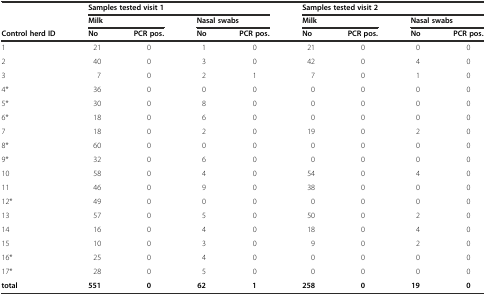
<table><thead><tr><td></td><td colspan="4"><b>Samples tested visit 1</b></td><td colspan="4"><b>Samples tested visit 2</b></td></tr><tr><td></td><td colspan="2"><b>Milk</b></td><td colspan="2"><b>Nasal swabs</b></td><td colspan="2"><b>Milk</b></td><td colspan="2"><b>Nasal swabs</b></td></tr><tr><td><b>Control herd ID</b></td><td><b>No</b></td><td><b>PCR pos.</b></td><td><b>No</b></td><td><b>PCR pos.</b></td><td><b>No</b></td><td><b>PCR pos.</b></td><td><b>No</b></td><td><b>PCR pos.</b></td></tr></thead><tbody><tr><td>1</td><td>21</td><td>0</td><td>1</td><td>0</td><td>21</td><td>0</td><td>0</td><td>0</td></tr><tr><td>2</td><td>40</td><td>0</td><td>3</td><td>0</td><td>42</td><td>0</td><td>4</td><td>0</td></tr><tr><td>3</td><td>7</td><td>0</td><td>2</td><td>1</td><td>7</td><td>0</td><td>1</td><td>0</td></tr><tr><td>4*</td><td>36</td><td>0</td><td>0</td><td>0</td><td>0</td><td>0</td><td>0</td><td>0</td></tr><tr><td>5*</td><td>30</td><td>0</td><td>8</td><td>0</td><td>0</td><td>0</td><td>0</td><td>0</td></tr><tr><td>6*</td><td>18</td><td>0</td><td>6</td><td>0</td><td>0</td><td>0</td><td>0</td><td>0</td></tr><tr><td>7</td><td>18</td><td>0</td><td>2</td><td>0</td><td>19</td><td>0</td><td>2</td><td>0</td></tr><tr><td>8*</td><td>60</td><td>0</td><td>0</td><td>0</td><td>0</td><td>0</td><td>0</td><td>0</td></tr><tr><td>9*</td><td>32</td><td>0</td><td>6</td><td>0</td><td>0</td><td>0</td><td>0</td><td>0</td></tr><tr><td>10</td><td>58</td><td>0</td><td>4</td><td>0</td><td>54</td><td>0</td><td>4</td><td>0</td></tr><tr><td>11</td><td>46</td><td>0</td><td>9</td><td>0</td><td>38</td><td>0</td><td>0</td><td>0</td></tr><tr><td>12*</td><td>49</td><td>0</td><td>0</td><td>0</td><td>0</td><td>0</td><td>0</td><td>0</td></tr><tr><td>13</td><td>57</td><td>0</td><td>5</td><td>0</td><td>50</td><td>0</td><td>2</td><td>0</td></tr><tr><td>14</td><td>16</td><td>0</td><td>4</td><td>0</td><td>18</td><td>0</td><td>4</td><td>0</td></tr><tr><td>15</td><td>10</td><td>0</td><td>3</td><td>0</td><td>9</td><td>0</td><td>2</td><td>0</td></tr><tr><td>16*</td><td>25</td><td>0</td><td>4</td><td>0</td><td>0</td><td>0</td><td>0</td><td>0</td></tr><tr><td>17*</td><td>28</td><td>0</td><td>5</td><td>0</td><td>0</td><td>0</td><td>0</td><td>0</td></tr><tr><td><b>total</b></td><td><b>551</b></td><td><b>0</b></td><td><b>62</b></td><td><b>1</b></td><td><b>258</b></td><td><b>0</b></td><td><b>19</b></td><td><b>0</b></td></tr></tbody></table>